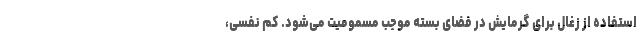
استفاده از زغال برای گرمایش در فضای بسته موجب مسمومیت می‌شود. کم نفسی،